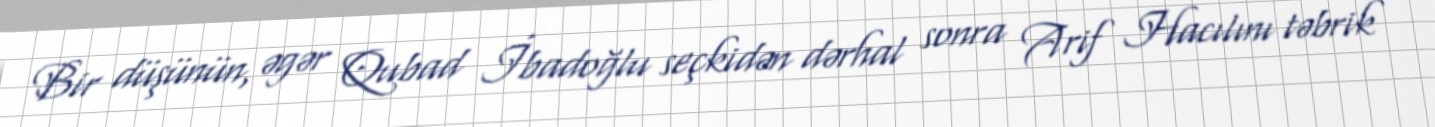
Bir düşünün, əgər Qubad İbadoğlu seçkidən dərhal sonra Arif Hacılını təbrik